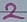
Text: 2